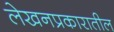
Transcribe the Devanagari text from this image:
लेखनप्रकारातील